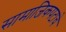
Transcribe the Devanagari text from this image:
सामाजिकपटाचे